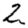
Digit: 2